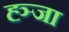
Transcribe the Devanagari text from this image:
ह्ञ्जा